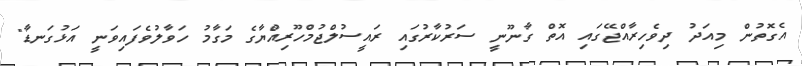
އެގޮތުން މިއަދު ދިވެހިރާއްޖޭގައި އޮތް ގާނޫނީ ސަރުކާރުގައި ރައީސުލްޖުމްހޫރިއްޔާގެ މަގާމު ހަވާލުވެފައިވަނީ އަޅުގަނޑާ"